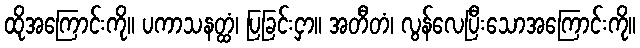
ထိုအကြောင်းကို။ ပကာသနတ္ထံ၊ ပြခြင်းငှာ။ အတီတံ၊ လွန်လေပြီးသောအကြောင်းကို။